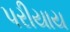
પરીયાય